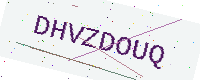
Text: DHVZDOUQ